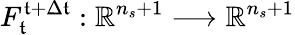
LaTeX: F_{\mathfrak{t}}^{\mathfrak{t}+\Delta\mathfrak{t}}:\mathbb{{R}}^{n_{s}+1}\longrightarrow\mathbb{{R}}^{n_{s}+1}